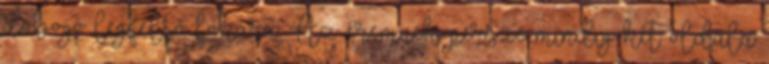
dobogó legfelső fokára. Az éremnek persze mindig két oldala